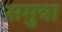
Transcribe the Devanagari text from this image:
समुत्रा